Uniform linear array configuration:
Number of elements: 24
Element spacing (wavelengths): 0.25
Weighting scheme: blackman
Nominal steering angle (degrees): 15
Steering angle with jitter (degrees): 16.878
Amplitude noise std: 0.05
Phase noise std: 0.05

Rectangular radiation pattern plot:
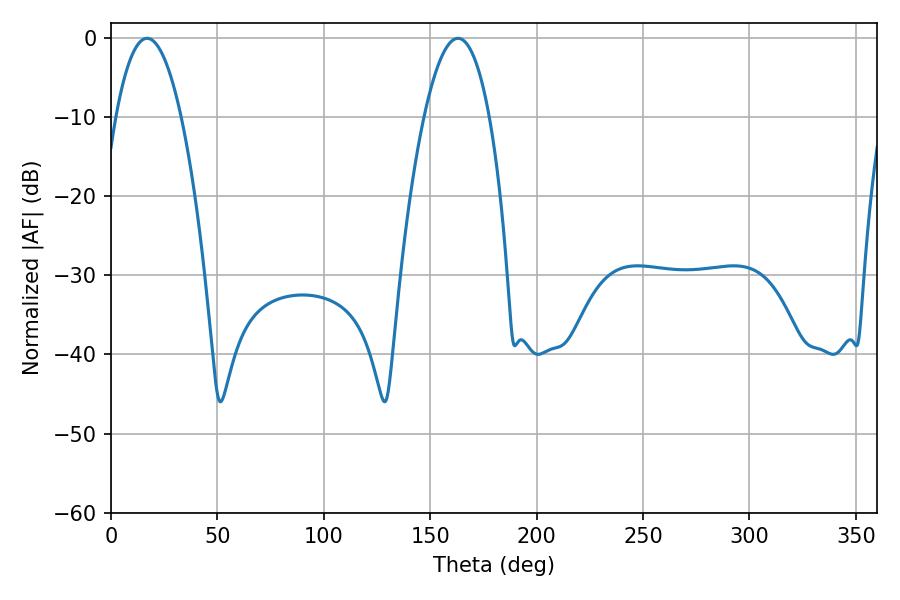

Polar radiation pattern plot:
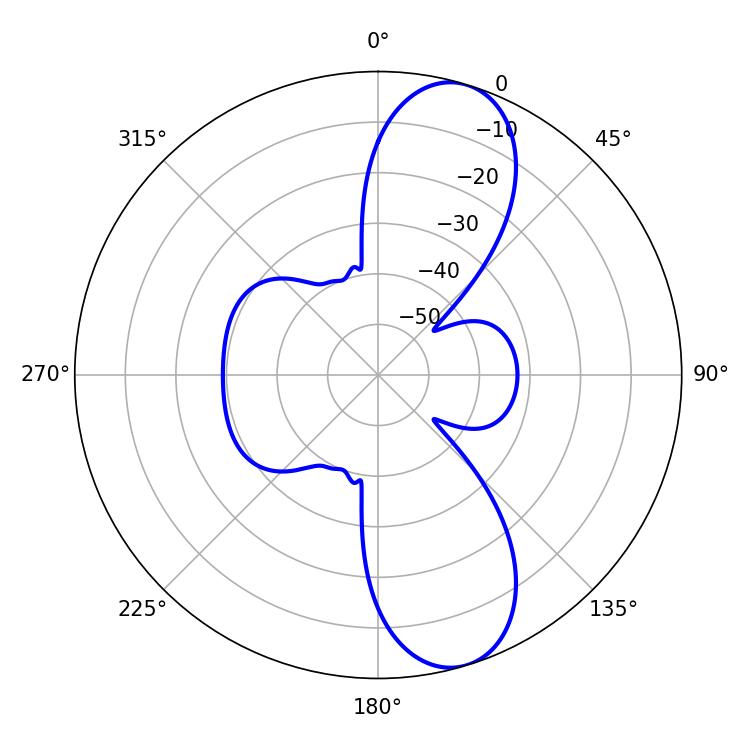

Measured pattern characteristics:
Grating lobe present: FALSE
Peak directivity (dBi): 10.318
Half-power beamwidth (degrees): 16.92
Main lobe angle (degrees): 16.92